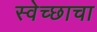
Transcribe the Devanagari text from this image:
स्वेच्छाचा